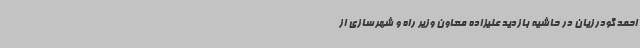
احمد گودرزیان در حاشیه بازدید علیزاده معاون وزیر راه و شهرسازی از